Report on horse surra - Volume I
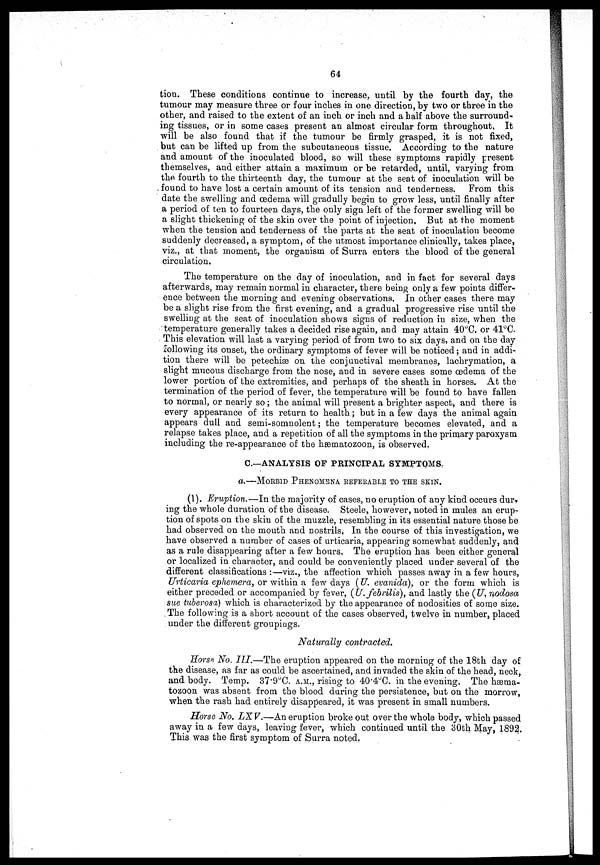
64
tion. These conditions continue to increase, until by the fourth day, the
tumour may measure three or four inches in one direction, by two or three in the
other, and raised to the extent of an inch or inch and a half above the surround-
ing tissues, or in some cases present an almost circular form throughout, It
will be also found that if the tumour be firmly grasped, it is not fixed,
but can be lifted up from the subcutaneous tissue. According to the nature
and amount of the inoculated blood, so will these symptoms rapidly present
themselves, and either attain a maximum or be retarded, until, varying from
the fourth to the thirteenth day, the tumour at the seat of inoculation will be
found to have lost a certain amount of its tension and tenderness. From this
date the swelling and oedema will gradully begin to grow less, until finally after
a period of ten to fourteen days, the only sign left of the former swelling will be
a slight thickening of the skin over the point of injection. But at the moment
when the tension and tenderness of the parts at the seat of inoculation become
suddenly decreased, a symptom, of the utmost importance clinically, takes place,
viz., at that moment, the organism of Surra enters the blood of the general
circulation.
The temperature on the day of inoculation, and in fact for several days
afterwards, may remain normal in character, there being only a few points differ-
ence between the morning and evening observations. In other cases there may
be a slight rise from the first evening, and a gradual progressive rise until the
swelling at the seat of inoculation shows signs of reduction in size, when the
temperature generally takes a decided rise again, and may attain 40°C. or 41°C.
This elevation will last a varying period of from two to six days, and on the day
following its onset, the ordinary symptoms of fever will be noticed ; and in addi-
tion there will be petechiæ on the conjunctival membranes, lachrymation, a
slight mucous discharge from the nose, and in severe cases some oedema of the
lower portion of the extremities, and perhaps of the sheath in horses. At the
termination of the period of fever, the temperature will be found to have fallen
to normal, or nearly so ; the animal will present a brighter aspect, and there is
every appearance of its return to health ; but in a few days the animal again
appears dull and semi-somnolent; the temperature becomes elevated, and a
relapse takes place, and a repetition of all the symptoms in the primary paroxysm
including the re-appearance of the hæmatozoon, is observed.
C.—ANALYSIS OF PRINCIPAL SYMPTOMS.
a.—MORBID PHENOMENA REFERABLE TO THE SKIN.
(1). Eruption.—In the majority of cases, no eruption of any kind occurs dur-
ing the whole duration of the disease. Steele, however, noted in mules an erup-
tion of spots on the skin of the muzzle, resembling in its essential nature those he
had observed on the mouth and nostrils, In the course of this investigation, we
have observed a number of cases of urticaria, appearing somewhat suddenly, and
as a rule disappearing after a few hours, The eruption has been either general
or localized in character, and could be conveniently placed under several of the
different classifications :—viz., the affection which passes away in a few hours,
Urticaria ephemera, or within a few days (U. evanida), or the form which is
either preceded or accompanied by fever, (U.febrilis), and lastly the (U. nodosa
sue tuberosa) which is characterized by the appearance of nodosities of some size.
The following is a short account of the cases observed, twelve in number, placed
under the different groupings.
Naturally contracted.
Horse No. III.—The eruption appeared on the morning of the 18th day of
the disease, as far as could be ascertained, and invaded the skin of the head, neck,
and body. Temp. 37.9°C. a.m., rising to 40.4°C. in the evening. The hæma-
tozoon was absent from the blood daring the persistence, but on the morrow,
when the rash had entirely disappeared, it was present in small numbers.
Horse No. LXV.—An eruption broke out over the whole body, which passed
away in a few days, leaving fever, which continued until the 30th May, 1892.
This was the first symptom of Surra noted.